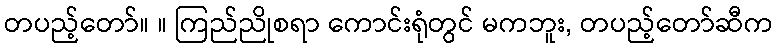
တပည့်တော်။ ။ ကြည်ညိုစရာ ကောင်းရုံတွင် မကဘူး, တပည့်တော်ဆီက